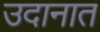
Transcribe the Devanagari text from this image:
उदानात